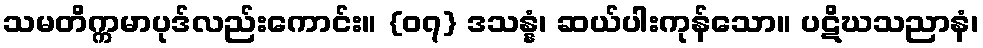
သမတိက္ကမာပုဒ်လည်းကောင်း။ {၀၇} ဒသန္နံ၊ ဆယ်ပါးကုန်သော။ ပဋိဃသညာနံ၊